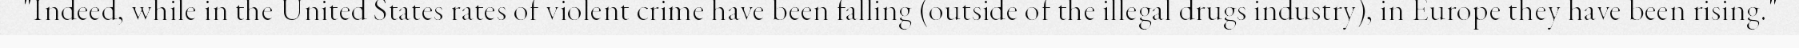
"Indeed, while in the United States rates of violent crime have been falling (outside of the illegal drugs industry), in Europe they have been rising."